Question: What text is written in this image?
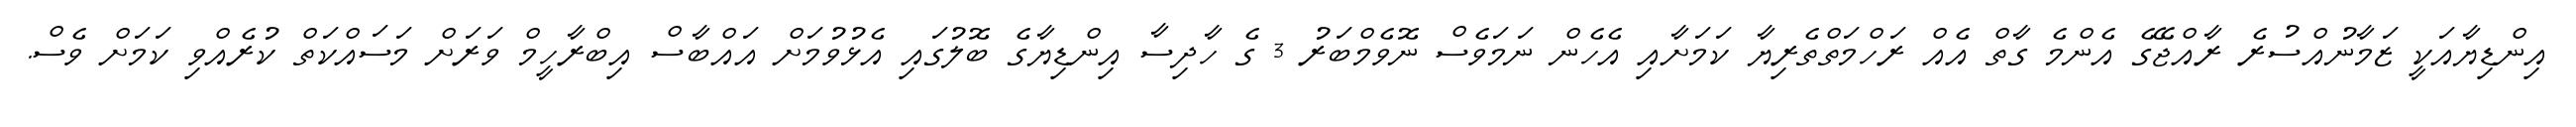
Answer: އިންޑިޔާއަކީ ޒަމާނުއްސުރެ ރާއްޖޭގެ އެންމެ ގާތް އެއް ރަހްމަތްތެރިޔާ ކަމަށާއި އެހެން ނަމަވެސް ނޮވެމްބަރު 3 ގެ ހާދިސާ އިންޑިޔާގެ ބޮލުގައި އެޅުވުމަށް އައްބާސް އިބްރާހީމް ވަރަށް މަސައްކަތް ކުރެއްވި ކަމަށް ވެސް.